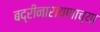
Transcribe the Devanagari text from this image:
बद्रीनारायणाच्या